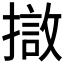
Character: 𭢖